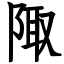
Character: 陬